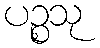
ပဉ္စသု